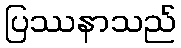
ပြဿနာသည်